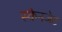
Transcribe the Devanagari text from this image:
स्कैनजेट